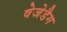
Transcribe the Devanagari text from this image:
वेजेडैग